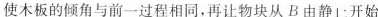
使木板的倾角与前一过程相同，再让物块从B由静止开始